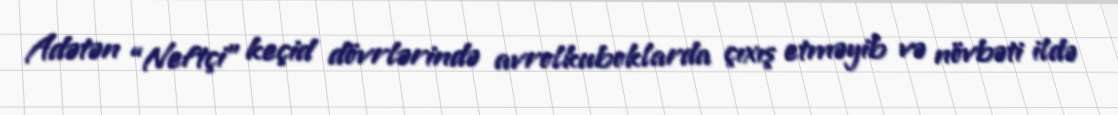
Adətən “Neftçi” keçid dövrlərində avrolkuboklarda çıxış etməyib və növbəti ildə